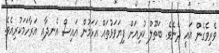
ވެރިވެގެން އައީ ދެނެވެ. ބަތޫލް ކުރިއަށް ފިޔަވަޅުތައް އަޅަމުން އައިސް އެނދާއި އަރާހަމަކުރިއެވެ.